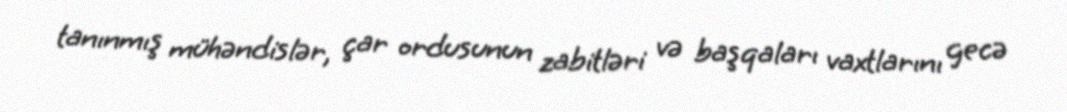
tanınmış mühəndislər, çar ordusunun zabitləri və başqaları vaxtlarını gecə